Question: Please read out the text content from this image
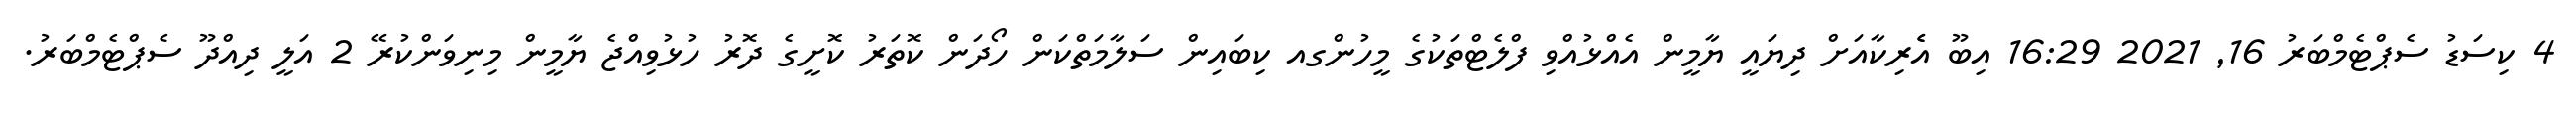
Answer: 4 ކިސަޑު ސެޕްޓެމްބަރު 16, 2021 16:29 އިބޫ އެެރިކާއަށް ދިޔައީ ޔާމީން އެއްޅުއްވި ފްލެޓްތަކުގެ މީހުންގއ ކިބައިން ސަލާމަތްކަން ހޯދަން ކޮތަރު ކޮށީގެ ދޮރު ހުޅުވިއްޖެ ޔާމީން މިނިވަންކުރޭ 2 އަލީ ދިއްދޫ ސެޕްޓެމްބަރު.